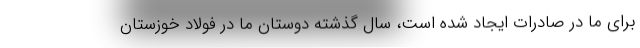
برای ما در صادرات ایجاد شده است، سال گذشته دوستان ما در فولاد خوزستان